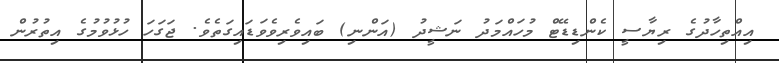
އިއްތިހާދުގެ ރިޔާސީ ކެންޑިޑޭޓް މުހައްމަދު ނަޝީދު (އަންނި) ބައިވެރިވެވަޑައިގަތެވެ. ޖަގަހަ ހުޅުވުމުގެ އިތުރުން